Annual report of the Punjab Veterinary College and of the Civil Veterinary Department, Punjab - 1926-1932
Year: 1926
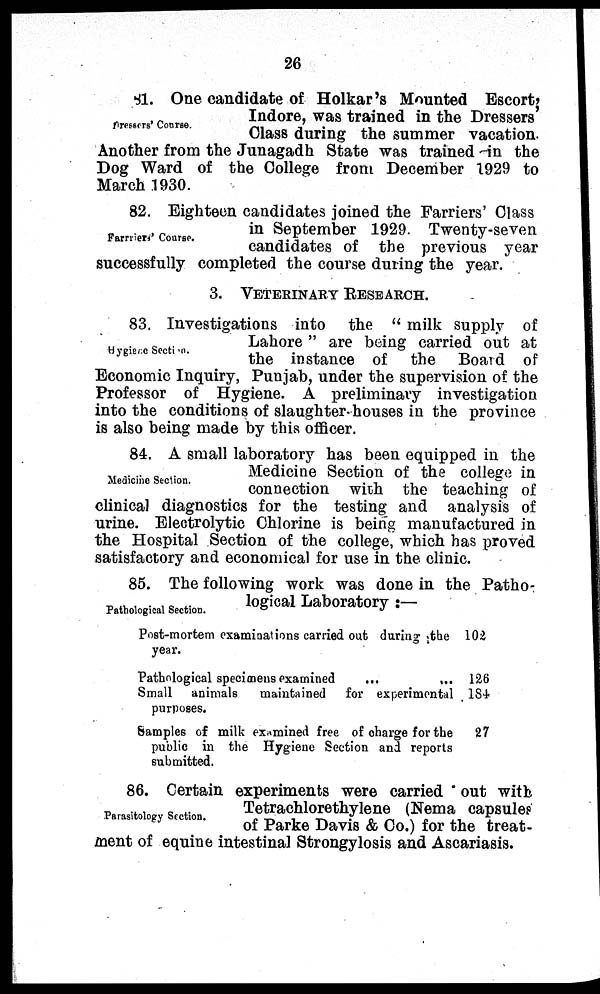
26
Pressers' Course.
81. One candidate of Holkar's Mounted Escort,
Indore, was trained in the Dressers
Class during the summer vacation.
Another from the Junagadh State was trained in the
Dog Ward of the College from December 1929 to
March 1930.
Farrriers' Course.
82. Eighteen candidates joined the Farriers' Class
in September 1929. Twenty-seven
candidates of the previous year
successfully completed the course during the year.
3. VETERINARY RESEARCH.
Hygiene Section.
83. Investigations into the "milk supply of
Lahore" are being carried out at
the instance of the Board of
Economic Inquiry, Punjab, under the supervision of the
Professor of Hygiene. A preliminary investigation
into the conditions of slaughter-houses in the province
is also being made by this officer.
Medicine Section.
84. A small laboratory has been equipped in the
Medicine Section of the college in
connection with the teaching of
clinical diagnostics for the testing and analysis of
urine. Electrolytic Chlorine is being manufactured in
the Hospital Section of the college, which has proved
satisfactory and economical for use in the clinic.
Pathological Section.
85. The following work was done in the Patho-
logical Laboratory:—
Post-mortem examinations carried out during the
year.
Pathological specimens examined
...
...
Small animals
maintained
for experimental
purposes.
Samples of milk examined free of charge for the
public in the Hygiene Section and reports
submitted.
102
126
184
27
Parasitology Section.
86. Certain experiments were carried out with
Tetrachlorethylene (Nema capsules
of Parke Davis & Co.) for the treat-
ment of equine intestinal Strongylosis and Ascariasis.